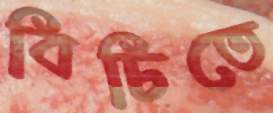
বিচিতে